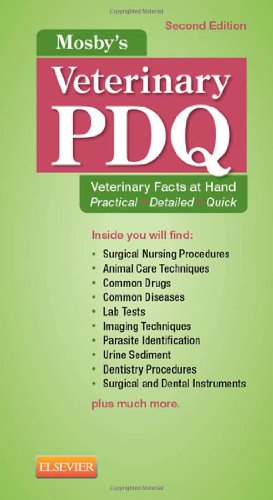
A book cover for Mosby's Veterinary PDQ, 2e; Margi Sirois; Medical Books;